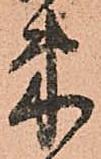
束